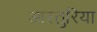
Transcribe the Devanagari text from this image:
आस्तुरिया